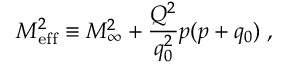
M _ { \mathrm { e f f } } ^ { 2 } \equiv M _ { \infty } ^ { 2 } + { \frac { Q ^ { 2 } } { q _ { 0 } ^ { 2 } } } p ( p + q _ { 0 } ) \; ,